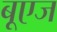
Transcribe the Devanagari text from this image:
बूएज